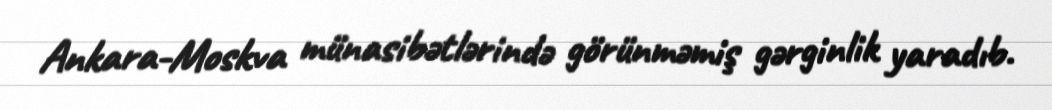
Ankara-Moskva münasibətlərində görünməmiş gərginlik yaradıb.